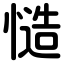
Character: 慥